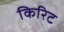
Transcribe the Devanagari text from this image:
किरिट